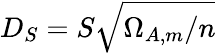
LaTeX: D_{S}=S\sqrt{\Omega_{A,m}/n}